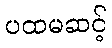
ပထမဆင့်